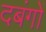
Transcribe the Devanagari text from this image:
दबंगों